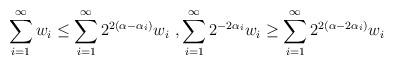
LaTeX: \begin{align*}\sum_{i=1}^{\infty} w_i\leq \sum_{i=1}^{\infty} 2^{2(\alpha- \alpha_i)} w_i \ , \sum_{i=1}^{\infty} 2^{-2\alpha_i}w_i \geq \sum_{i=1}^{\infty} 2^{2(\alpha- 2\alpha_i)} w_i \end{align*}